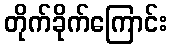
တိုက်ခိုက်ကြောင်း